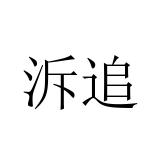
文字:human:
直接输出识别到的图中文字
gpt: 泝追